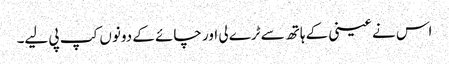
اس نے عینی کے ہاتھ سے ٹرے لی اور چائے کے دونوں کپ پی لیے۔